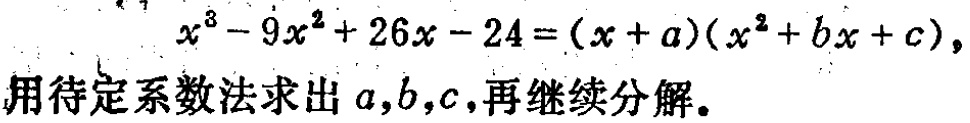
\(x^{3}-9x^{2}+26x - 24=(x + a)(x^{2}+bx + c)\)，
用待定系数法求出\(a,b,c\)，再继续分解。